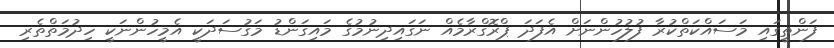
ފަންތީގައި މަސައްކަތްކުރާ ފުލުހުންނަށް އެފަދަ ޕްރޮގްރާމެއް ނަގައިދިނުމުގެ މައިގަންޑު މަގުސަދަކީ އެމީހުންނަކީ ހިދުމަތްތެރި